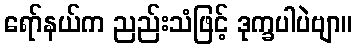
ရော်နယ်က ညည်းသံဖြင့် ဒုက္ခပါပဲဗျာ။